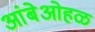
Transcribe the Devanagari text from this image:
आंबेओहळ